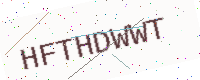
Text: HFTHDWWT